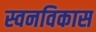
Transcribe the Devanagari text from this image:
स्वनविकास